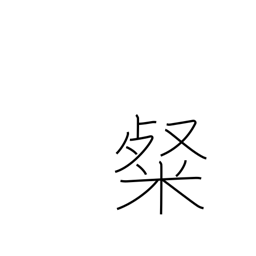
Meaning: bright